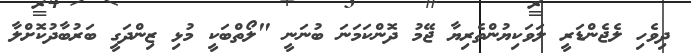
ދިވެހި ލެޖެންޑަރީ ލަވަކިޔުންތެރިޔާ ޖޭމު ދޮންކަމަނަ ބުނަނީ "ލޯތްބަކީ މުޅި ޒިންދަގީ ބަރުބާދުކޮށްލާ